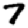
Digit: 7